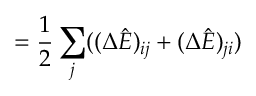
= \frac { 1 } { 2 } \sum _ { j } ( ( \Delta \hat { E } ) _ { i j } + ( \Delta \hat { E } ) _ { j i } )